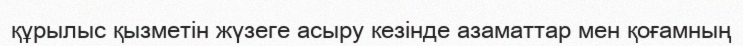
құрылыс қызметін жүзеге асыру кезінде азаматтар мен қоғамның